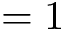
= 1